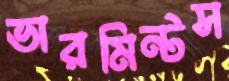
ভারমিন্টস